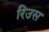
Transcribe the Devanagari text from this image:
रिउस